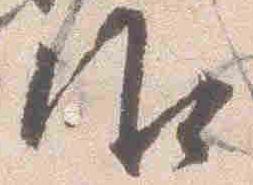
御